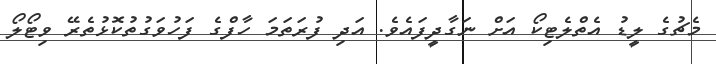
މެޗުގެ ލީޑު އެތްލެޓިކޯ އަށް ނަގާދީފައެވެ. އަދި ފުރަތަމަ ހާފްގެ ފަހުވަގުތުކޮޅުތެރޭ ވިޓޯލޯ